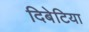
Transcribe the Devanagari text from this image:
दिबेटिया